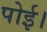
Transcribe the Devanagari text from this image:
पोई।